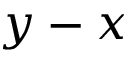
y - x